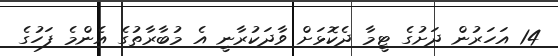
14 އަހަރުން ދަށުގެ ޓީމާ ދެކޮޅަށް ވާދަކުރާނީ އެ މުބާރާތުގެ އެންމެ ފަހުގެ